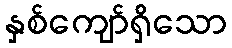
နှစ်ကျော်ရှိသော